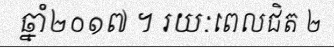
ឆ្នាំ២០១៧ ។ រយៈពេលជិត ២